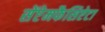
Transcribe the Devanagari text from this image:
सेंप्टेमफैसिऐटा